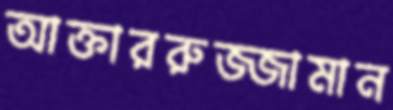
আক্তাররুজ্জামান